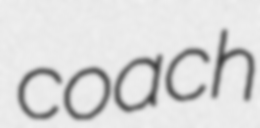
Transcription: coach